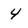
Character: 4